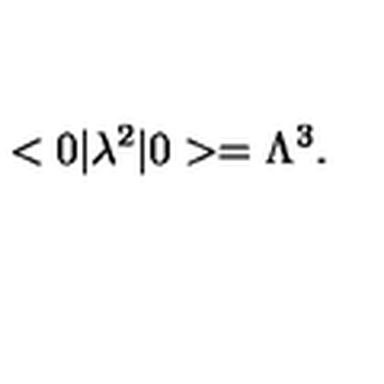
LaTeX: < 0 | \lambda ^ { 2 } | 0 > = \Lambda ^ { 3 } .